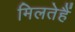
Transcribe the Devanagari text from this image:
मिलतेहैं